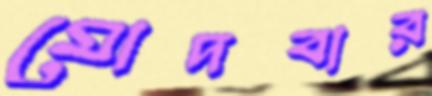
মোদবার